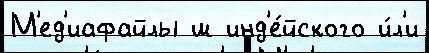
М'ед'иафайлы ш инд'е́йского и́л'и